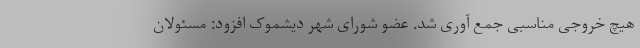
هیچ خروجی مناسبی جمع آوری شد. عضو شورای شهر دیشموک افزود: مسئولان